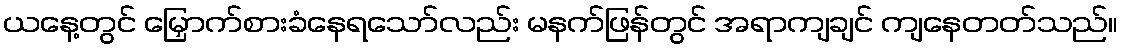
ယနေ့တွင် မြှောက်စားခံနေရသော်လည်း မနက်ဖြန်တွင် အရာကျချင် ကျနေတတ်သည်။